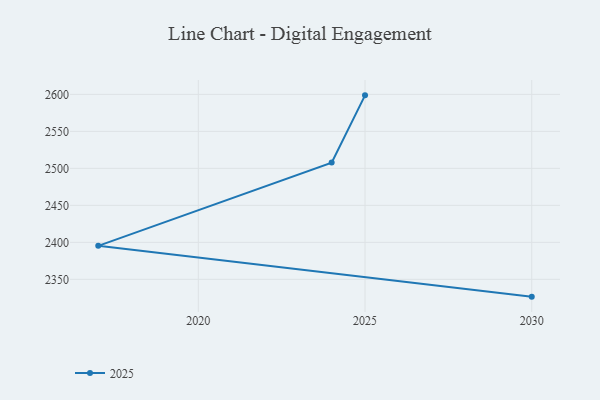
{"axis": {"x": "Year", "y": "Conversion Rate (%)"}, "legend": ["2025"], "data": [{"x": "2030", "y": 2326.6, "type": "2025"}, {"x": "2017", "y": 2395.3, "type": "2025"}, {"x": "2024", "y": 2507.8, "type": "2025"}, {"x": "2025", "y": 2598.7, "type": "2025"}]}